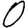
Digit: 0